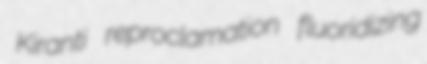
Kiranti reproclamation fluoridizing